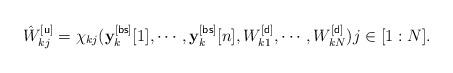
LaTeX: \begin{align*}\hat{W}^{[{\sf u}]}_{kj}=\chi_{kj}(\mathbf{y}^{[{\sf bs}]}_k[1],\cdots,\mathbf{y}_k^{[{\sf bs}]}[n],W_{k1}^{[{\sf d}]},\cdots,W_{kN}^{[{\sf d}]}) j\in[1:N]. \end{align*}